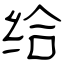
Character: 给